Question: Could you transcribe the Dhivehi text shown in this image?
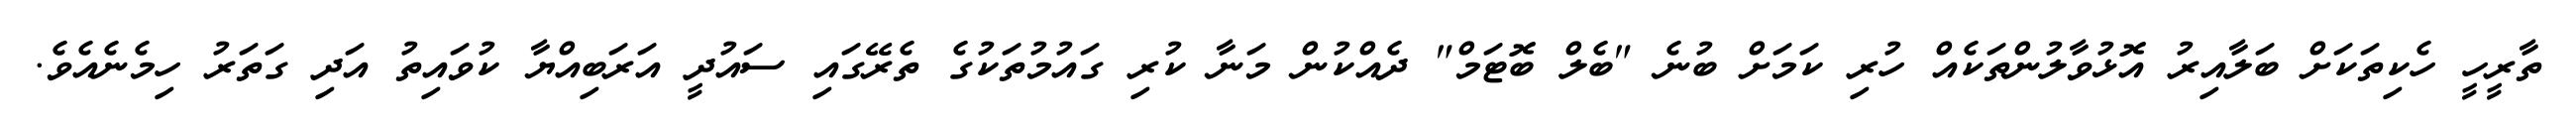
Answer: ތާރީހީ ހެކިތަކަށް ބަލާއިރު އޮޅުވާލުންތަކެއް ހުރި ކަމަށް ބުނެ "ބެލް ބޮޓަމް" ދެއްކުން މަނާ ކުރި ގައުމުތަކުގެ ތެރޭގައި ސައުދީ އަރަބިއްޔާ ކުވައިތު އަދި ގަތަރު ހިމެނެއެވެ.